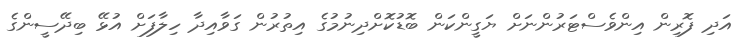
އަދި ފޮރިން އިންވެސްޓަރުންނަށް ޔަގީންކަން ބޮޑުކޮށްދިނުމުގެ އިތުރުން ގަވާއިދާ ހިލާފަށް އުޅޭ ބިދޭސީންގެ